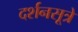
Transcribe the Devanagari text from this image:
दर्शनसूत्रे